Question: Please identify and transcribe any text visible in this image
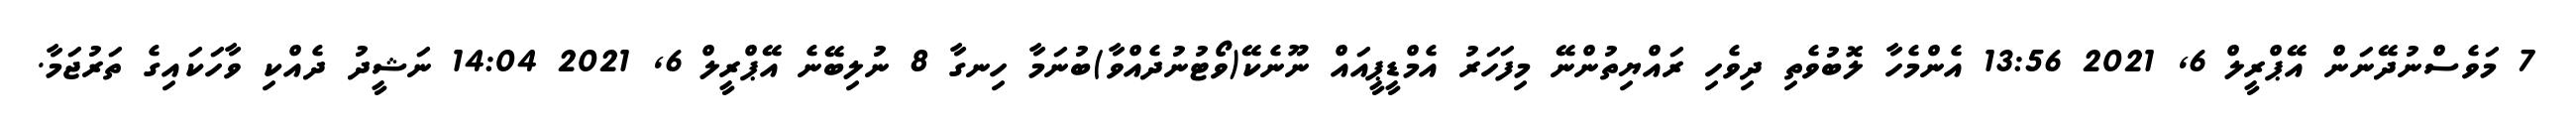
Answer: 7 މަވެސްނުދޭނަން އޭޕްރީލް 6, 2021 13:56 އެންމެހާ ލޮބުވެތި ދިވެހި ރައްޔިތުންނޭ މިފަހަރު އެމްޑީޕީއައް ނޫނެކޭ(ވޯޓުނުދެއްވާ)ބުނަމާ ހިނގާ 8 ނުލިބޭނެ އޭޕްރީލް 6, 2021 14:04 ނަޝީދު ދެއްކި ވާހަކައިގެ ތަރުޖަމާ.